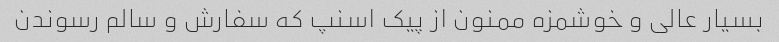
بسیار عالی و خوشمزه ممنون از پیک اسنپ که سفارش و سالم رسوندن